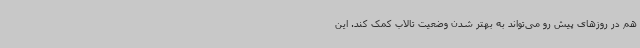
هم در روزهای پیش رو می‌تواند به بهتر شدن وضعیت تالاب کمک کند. این